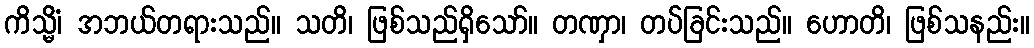
ကိသ္မိံ၊ အဘယ်တရားသည်။ သတိ၊ ဖြစ်သည်ရှိသော်။ တဏှာ၊ တပ်ခြင်းသည်။ ဟောတိ၊ ဖြစ်သနည်း။